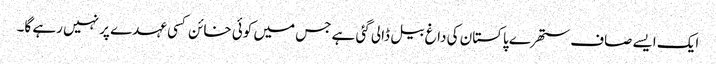
ایک ایسے صاف ستھرے پاکستان کی داغ بیل ڈالی گئی ہے جس میں کوئی خائن کسی عہدے پر نہیں رہے گا۔